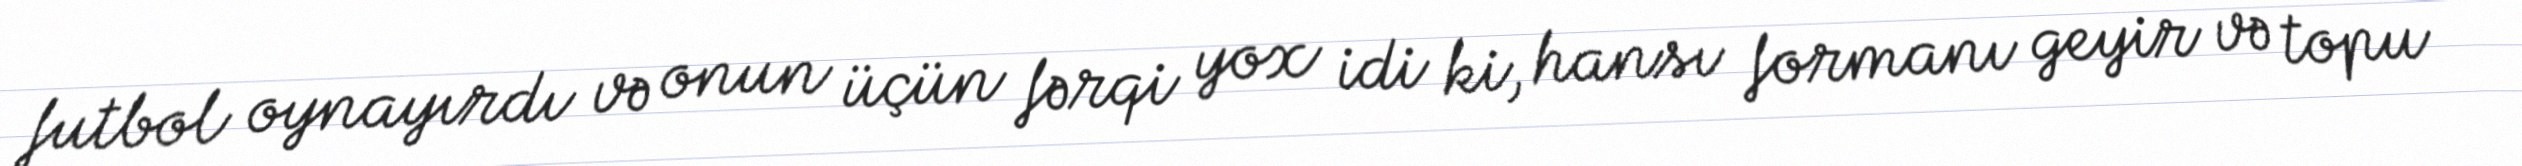
futbol oynayırdı və onun üçün fərqi yox idi ki, hansı formanı geyir və topu